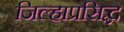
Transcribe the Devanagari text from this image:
जिल्हाप्रसिद्ध